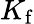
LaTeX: K_{\mathrm{f}}